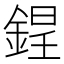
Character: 𨨌